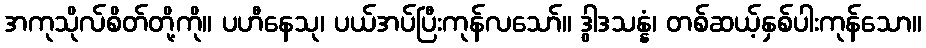
အကုသိုလ်စိတ်တို့ကို။ ပဟီနေသု၊ ပယ်အပ်ပြီးကုန်လသော်။ ဒွါဒသန္နံ၊ တစ်ဆယ့်နှစ်ပါးကုန်သော။